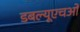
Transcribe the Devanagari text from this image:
डबल्यूएचओ